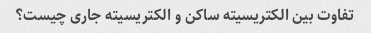
تفاوت بین الکتریسیته ساکن و الکتریسیته جاری چیست؟